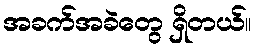
အခက်အခဲတွေ ရှိတယ်။